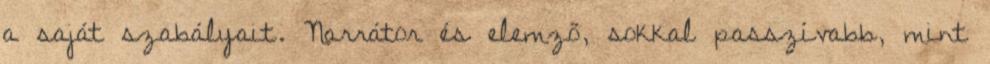
a saját szabályait. Narrátor és elemző, sokkal passzívabb, mint